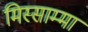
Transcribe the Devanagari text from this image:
मिस्साम्मा